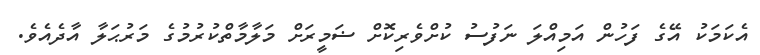
އެކަމަކު އޭގެ ފަހުން އަމިއްލަ ނަފުސު ކުށްވެރިކޮށް ޟަމީރަށް މަލާމާތްކުރުމުގެ މަރުޙަލާ އާދެއެވެ.